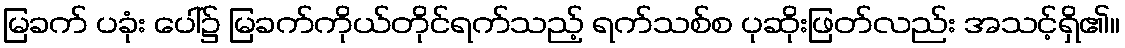
မြခက် ပခုံး ပေါ်၌ မြခက်ကိုယ်တိုင်ရက်သည့် ရက်သစ်စ ပုဆိုးဖြတ်လည်း အသင့်ရှိ၏။